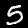
Digit: 5